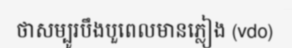
ថាសម្បូរបឹងបួពេលមានភ្លៀង (vdo)